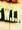
w.i.i